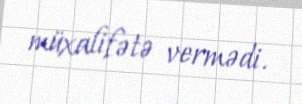
müxalifətə vermədi.